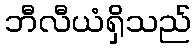
ဘီလီယံရှိသည်